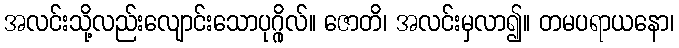
အလင်းသို့လည်းလျောင်းသောပုဂ္ဂိုလ်။ ဇောတိ၊ အလင်းမှလာ၍။ တမပရာယနော၊